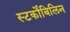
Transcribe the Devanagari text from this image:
स्‍टर्कोबिलिन